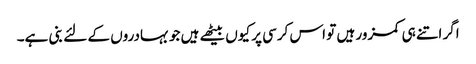
اگر اتنے ہی کمزور ہیں تو اس کرسی پر کیوں بیٹھے ہیں جو بہادروں کے لئے بنی ہے۔